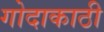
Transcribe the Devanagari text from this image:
गोदाकाठी